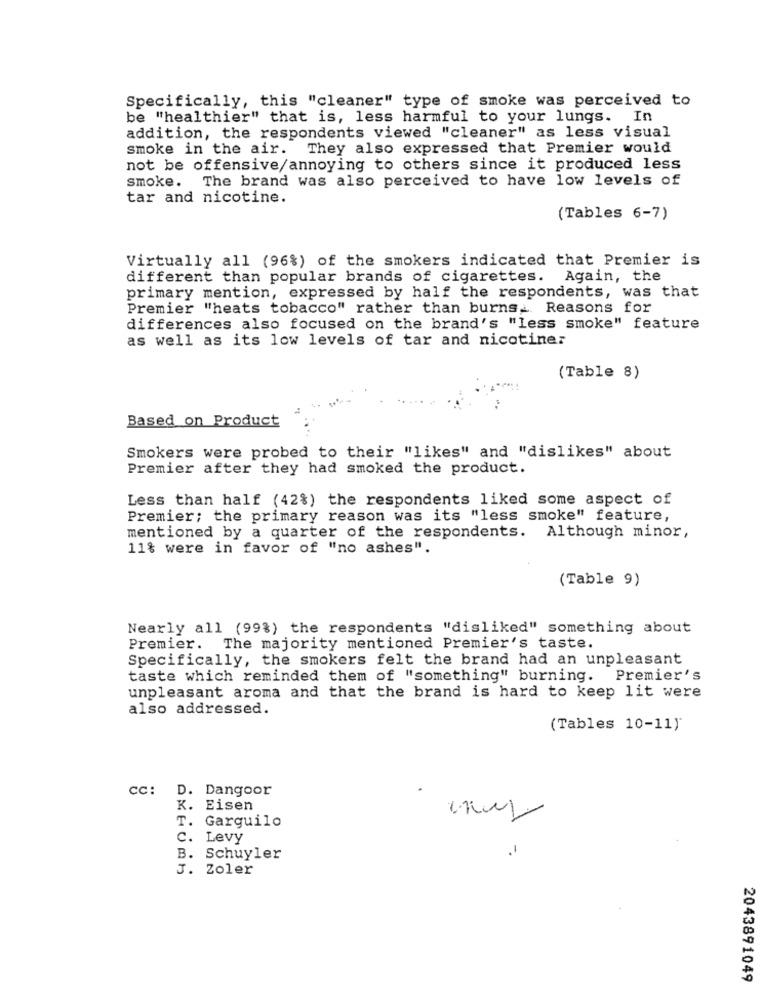
Specifically, this "cleaner" type of smoke was perceived to
be "healthier" that is, less harmful to your lungs. In
addition, the respondents viewed "cleaner" as less visual
smoke in the air. They also expressed that Premier would
not be offensive/annoying to others since it produced less
smoke.
The brand was also perceived to have low levels of
tar and nicotine.
(Tables 6-7)
Virtually all (96%) of the smokers indicated that Premier is
different than popular brands of cigarettes. Again, the
primary mention, expressed by half the respondents, was that
Premier "heats tobacco" rather than burns. Reasons for
differences also focused on the brand's "less smoke" feature
as well as its low levels of tar and nicotiner
(Table 8)
Based on Product
Smokers were probed to their "likes" and "dislikes" about
Premier after they had smoked the product.
Less than half (42%) the respondents liked some aspect of
Premier; the primary reason was its "less smoke" feature,
mentioned by a quarter of the respondents. Although minor,
11% were in favor of "no ashes".
(Table 9)
Nearly all (99%) the respondents "disliked" something about
Premier. The majority mentioned Premier's taste.
Specifically, the smokers felt the brand had an unpleasant
taste which reminded them of "something" burning.
Premier's
unpleasant aroma and that the brand is hard to keep lit were
also addressed.
(Tables 10-11)
cc: D. Dangoor
K. Eisen
T.
Garguilo
C.
Levy
.1
B. Schuyler
3. Zoler
2043891049